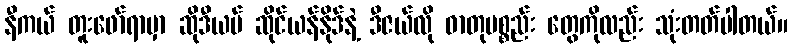
နီကယ် တူးဖော်ရာမှာ ဆိုဒီယမ် ဆိုင်ယန်နိုဒ်နဲ့ ဒီဇယ်လို ဓာတုပစ္စည်း တွေကိုလည်း သုံးတတ်ပါတယ်။